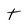
Character: t